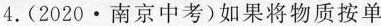
4.(2020\cdot 南京中考)如果将物质按单